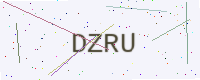
Text: DZRU